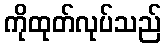
ကိုထုတ်လုပ်သည်